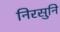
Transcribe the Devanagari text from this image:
निरसुनि